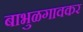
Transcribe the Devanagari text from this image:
बाभुळगावकर